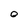
Character: 0